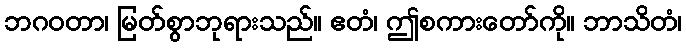
ဘဂဝတာ၊ မြတ်စွာဘုရားသည်။ ဧတံ၊ ဤစကားတော်ကို။ ဘာသိတံ၊